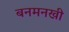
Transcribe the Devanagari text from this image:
बनमनखी